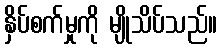
နှိပ်စက်မှုကို မျိုသိပ်သည်။